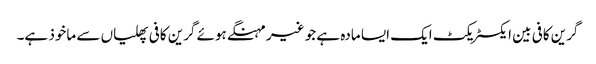
گرین کافی بین ایکسٹریکٹ ایک ایسا مادہ ہے جو غیر مہنگے ہوئے گرین کافی پھلیاں سے ماخوذ ہے۔